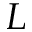
L